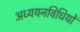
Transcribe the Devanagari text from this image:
अध्ययनविधियों